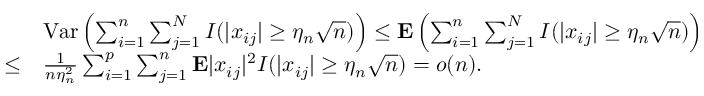
\begin{array} { r l } & { { \mathrm { V a r } } \left( \sum _ { i = 1 } ^ { n } \sum _ { j = 1 } ^ { N } I ( \vert x _ { i j } \vert \ge \eta _ { n } \sqrt { n } ) \right) \le { \bf E } \left( \sum _ { i = 1 } ^ { n } \sum _ { j = 1 } ^ { N } I ( \vert x _ { i j } \vert \ge \eta _ { n } \sqrt { n } ) \right) } \\ { \le } & { \frac 1 { n \eta _ { n } ^ { 2 } } \sum _ { i = 1 } ^ { p } \sum _ { j = 1 } ^ { n } { \bf E } \vert x _ { i j } \vert ^ { 2 } I ( \vert x _ { i j } \vert \ge \eta _ { n } \sqrt { n } ) = o ( n ) . } \end{array}